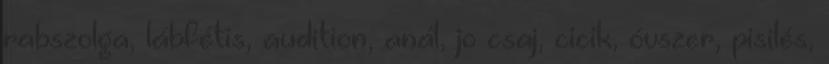
rabszolga, lábfétis, audition, anál, jo csaj, cicik, óvszer, pisilés,